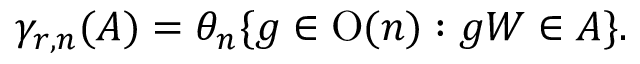
\gamma _ { r , n } ( A ) = \theta _ { n } \{ g \in \operatorname { O } ( n ) : g W \in A \} .